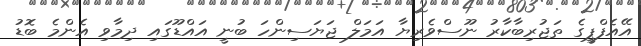
އޭއެފްޕީގެ ތަޖުރިބާކާރު ނޫސްވެރިޔާ އަމަލް ޖަޔަސިންހަ ބުނީ އައްޑޫގައި ދިމާވި އެންމެ ބޮޑު